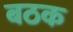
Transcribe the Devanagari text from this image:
बठक